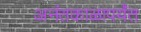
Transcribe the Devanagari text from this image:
अनंतकाळापर्यंत